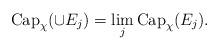
LaTeX: \begin{align*}\textup{Cap}_\chi (\cup E_j) = \lim_{j} \textup{Cap}_\chi(E_j). \end{align*}